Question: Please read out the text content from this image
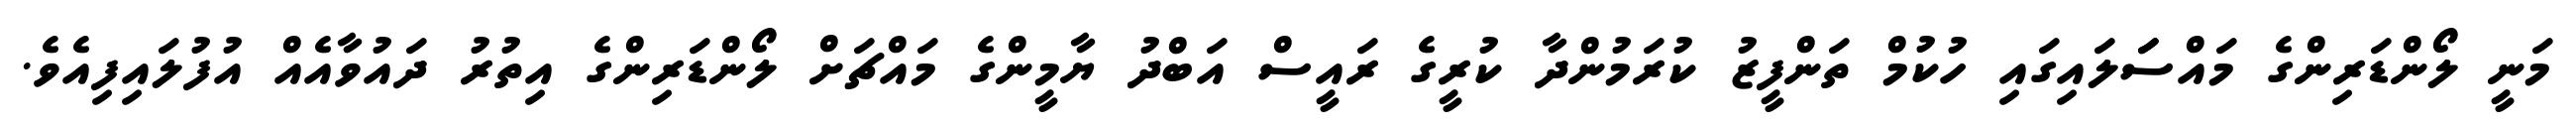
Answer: މަނީ ލޯންޑަރިންގެ މައްސަަލައިގައި ހުކުމް ތަންފީޒު ކުރަމުންދާ ކުރީގެ ރައީސް އަބްދު ޔާމީންގެ މައްޗަށް ލޯންޑަރިންގެ އިތުރު ދައުވާއެއް އުފުލައިފިއެވެ.